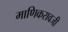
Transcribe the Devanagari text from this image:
माणिकरावजी